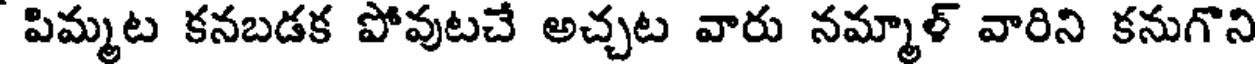
పిమ్మట కనబడక పోవుటచే అచ్చట వారు నమ్మాళ్ వారిని కనుగొని